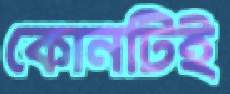
কোনটিই